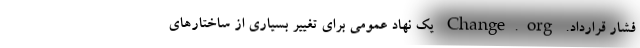
فشار قرارداد. Change.org یک نهاد عمومی برای تغییر بسیاری از ساختارهای